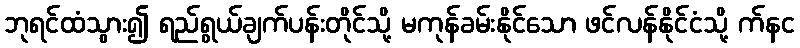
ဘုရင်ထံသွား၍ ရည်ရွယ်ချက်ပန်းတိုင်သို့ မကုန်ခမ်းနိုင်သော ဖင်လန်နိုင်ငံသို့ က်နင